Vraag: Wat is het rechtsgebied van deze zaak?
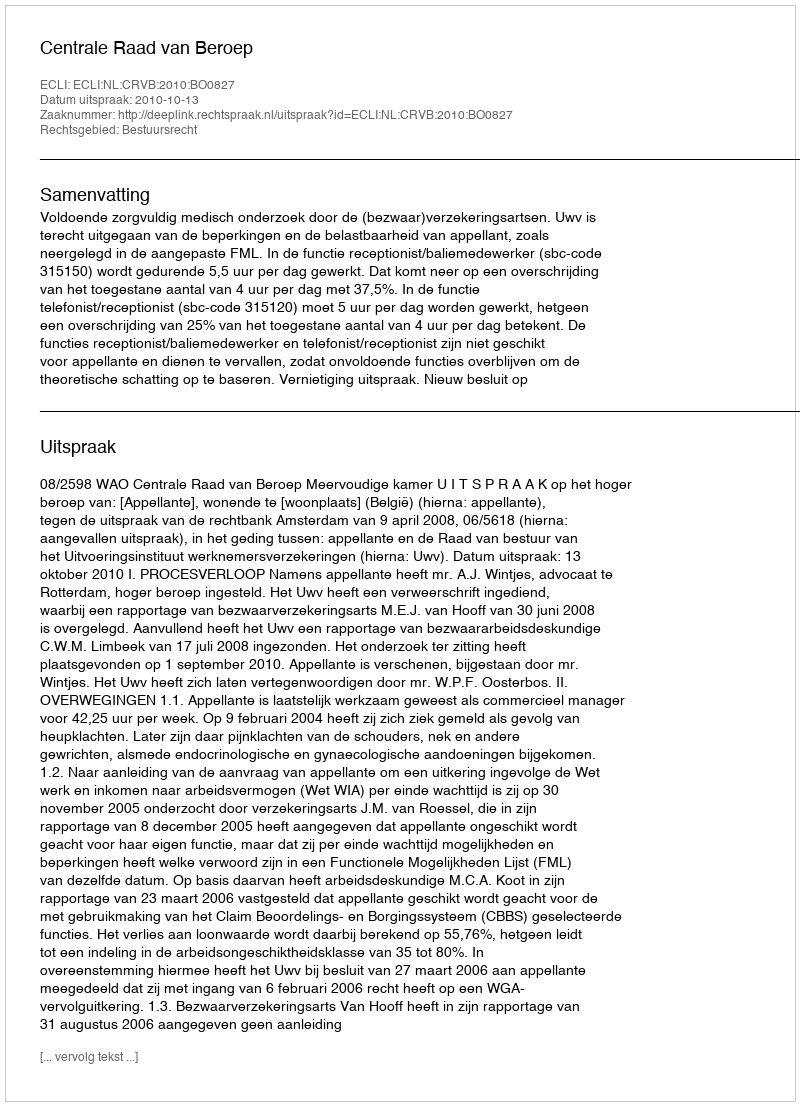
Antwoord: Bestuursrecht